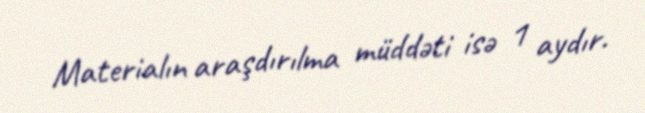
Materialın araşdırılma müddəti isə 1 aydır.